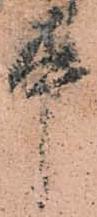
中